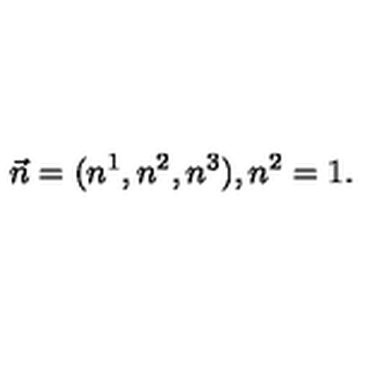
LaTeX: \vec { n } = ( n ^ { 1 } , n ^ { 2 } , n ^ { 3 } ) , n ^ { 2 } = 1 .